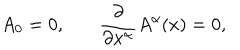
A _ { 0 } = 0 , { \frac { \partial } { \partial { x ^ { \alpha } } } } A ^ { \alpha } ( x ) = 0 ,